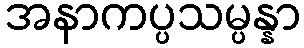
အနာကပ္ပသမ္ပန္နာ